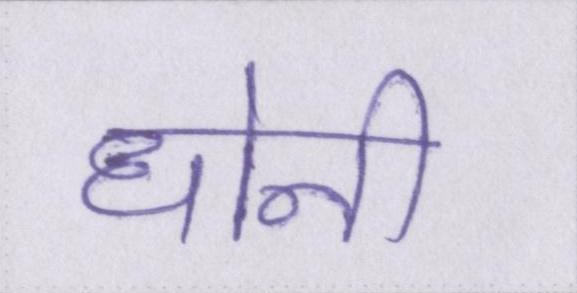
धोनी